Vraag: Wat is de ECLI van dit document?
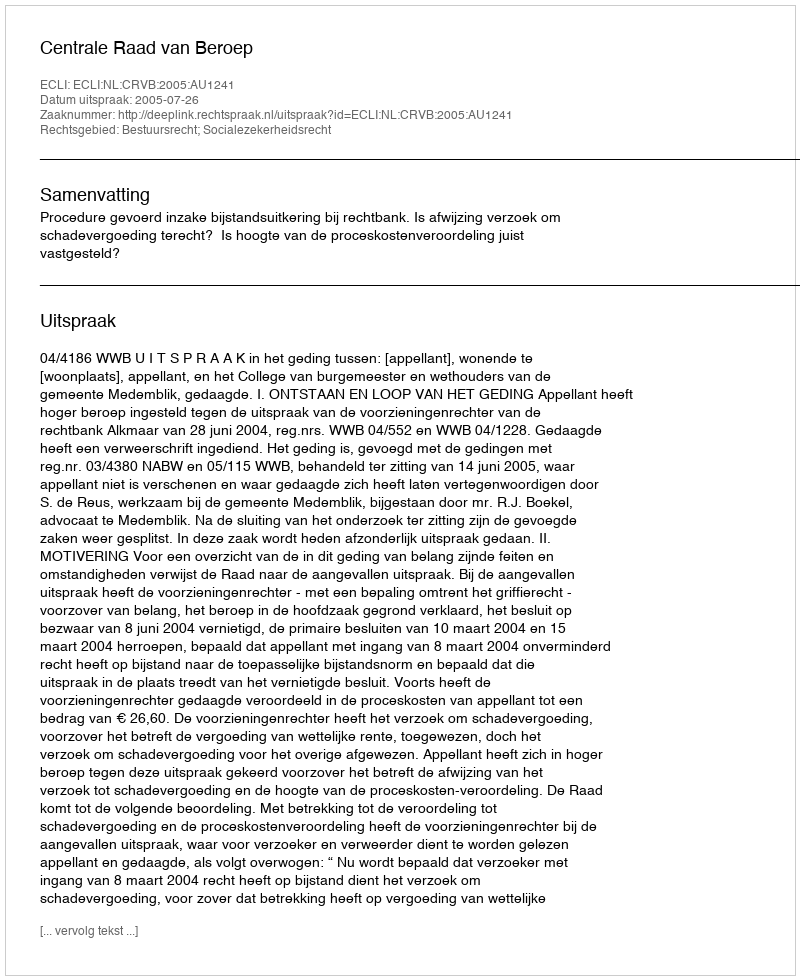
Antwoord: ECLI:NL:CRVB:2005:AU1241